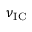
\nu _ { \mathrm { I C } }